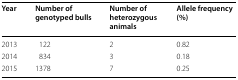
<table><thead><tr><td><b>Year</b></td><td><b>Number of genotyped bulls</b></td><td><b>Number of heterozygous animals</b></td><td><b>Allele frequency (%)</b></td></tr></thead><tbody><tr><td>2013</td><td>122</td><td>2</td><td>0.82</td></tr><tr><td>2014</td><td>834</td><td>3</td><td>0.18</td></tr><tr><td>2015</td><td>1378</td><td>7</td><td>0.25</td></tr></tbody></table>